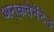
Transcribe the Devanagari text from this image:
अन्‌कवॆनॆंटॆड्